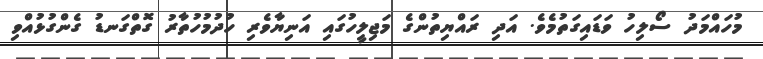
މުހައްމަދު ސޯލިހު ވަޑައިގަތުމެވެ. އަދި ރައްޔިތުންގެ މަޖިލީހުގައި އަނިޔާވެރި ހުދުމުހުތާރު ގޮތްގަނޑު ގެންގުޅުއްވި